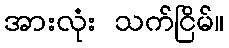
အားလုံး သက်ငြိမ်။